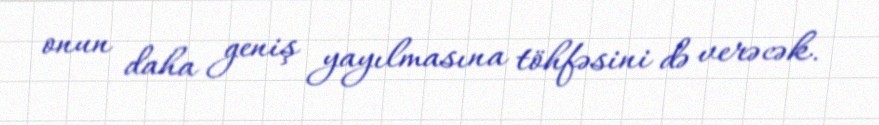
onun daha geniş yayılmasına töhfəsini də verəcək.